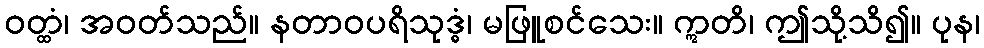
ဝတ္ထံ၊ အဝတ်သည်။ နတာဝပရိသုဒ္ဓံ၊ မဖြူစင်သေး။ ဣတိ၊ ဤသို့သိ၍။ ပုန၊